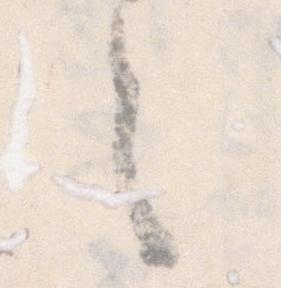
之